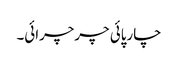
چارپائی چرچرائی۔